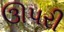
ઊપરી